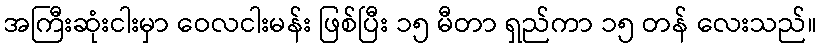
အကြီးဆုံးငါးမှာ ဝေလငါးမန်း ဖြစ်ပြီး ၁၅ မီတာ ရှည်ကာ ၁၅ တန် လေးသည်။